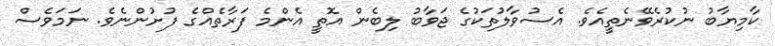
ކާމިޔާބު ނުކުރެވޭނެތީއެވެ. އެސުވާލުތަކުގެ ޖަވާބު ލިބެން އޮތީ އެންމެ ފަރާތެއްގެ ފުށުންނެވެ. ނަމަވެސް